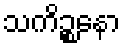
သကိဉ္စနော